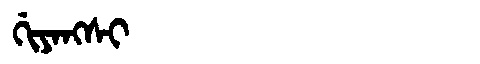
Manchu: ᡤᡳᠶᠠᠩᠰᡳ
Romanization: GIYANGSI